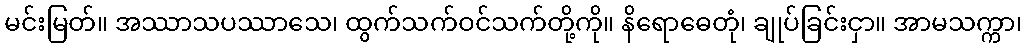
မင်းမြတ်။ အဿာသပဿာသေ၊ ထွက်သက်ဝင်သက်တို့ကို။ နိရောဓေတုံ၊ ချုပ်ခြင်းငှာ။ အာမသက္ကာ၊